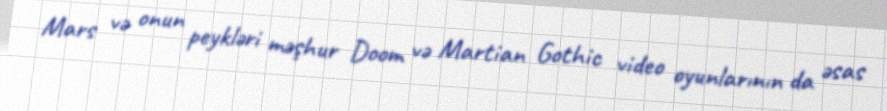
Mars və onun peykləri məşhur Doom və Martian Gothic video oyunlarının da əsas